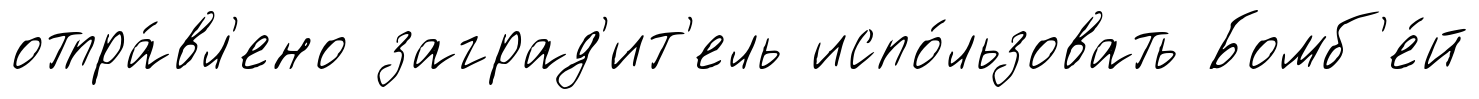
отпра́вл'ено заград'ит'ель испо́льзовать Бомб'е́й